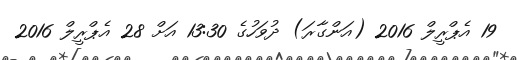
19 އެޕްރީލް 2016 (އަންގާރަ) ދުވަހުގެ 13:30 އަށް 28 އެޕްރީލް 2016